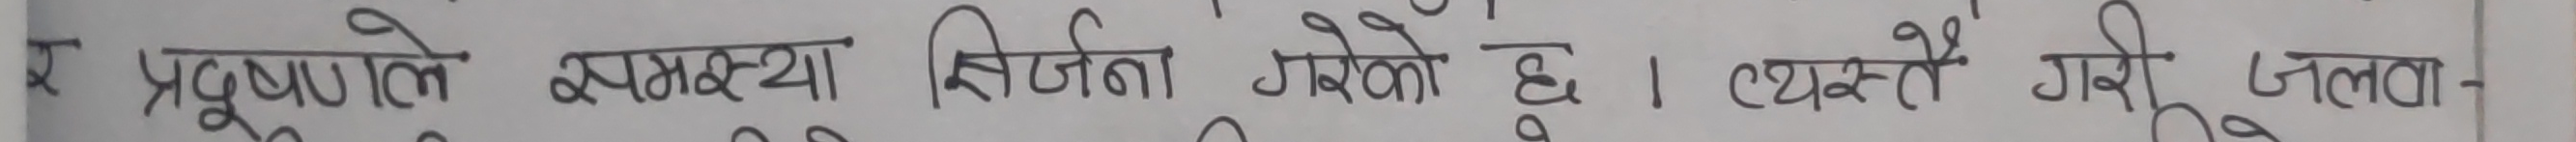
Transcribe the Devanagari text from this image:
र प्रदुषणले समस्या सिर्जना गरेको छ। त्यस्तै गरी जलवा-